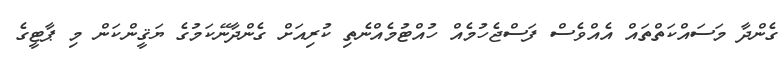
ގެންދާ މަސައްކަތްތައް އެއްވެސް ފަސްޖެހުމެއް ހުއްޓުމެއްނެތި ކުރިއަށް ގެންދާނޭކަމުގެ ޔަޤީންކަން މި ޕާޓީގެ